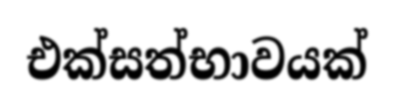
එක්සත්භාවයක්